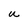
Character: u